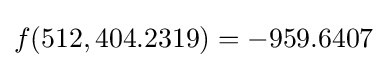
f(512,404.2319)=-959.6407